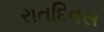
રાતદિવસ